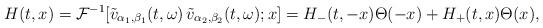
\begin{align*}H(t, x) = \mathcal{F}^{-1}[\tilde{v}_{\alpha_{1}, \beta_{1}}(t, \omega)\, \tilde{v}_{\alpha_{2}, \beta_{2}}(t, \omega); x] = H_{-}(t, -x) \Theta(-x) + H_{+}(t, x)\Theta(x),\end{align*}